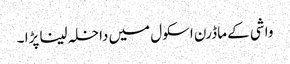
واشی کے ماڈرن اسکول میں داخلہ لینا پڑا ۔